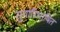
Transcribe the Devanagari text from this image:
सुपारिभाषित